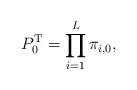
LaTeX: \begin{align*}P^{\mathrm{T}}_{0} = \prod\limits_{i=1}^{L}\pi_{i,0},\end{align*}